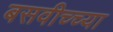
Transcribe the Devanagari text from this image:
बसवीच्च्या